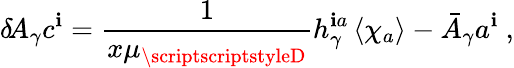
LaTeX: \delta\! A_{\gamma}c^{\mathbf{i}}=\frac{{1}}{{x\mu_{\scriptscriptstyleD}}}h_{\gamma}^{\mathbf{i}a}\left\langle\chi_{a}\right\rangle-\bar{{A}}_{\gamma}a^{\mathbf{i}}~,